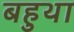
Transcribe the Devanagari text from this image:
बहुथा